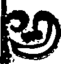
అ